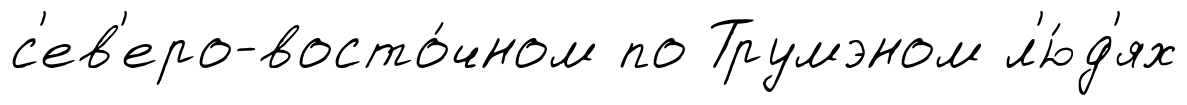
с'ев'еро-восто́чном по Трумэном л'ю́д'ях